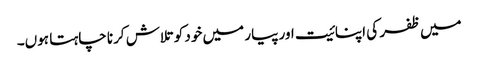
میں ظفر کی اپنائیت اور پیار میں خود کو تلاش کرنا چاہتا ہوں۔